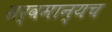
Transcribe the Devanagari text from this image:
सर्वमान्यच